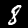
Digit: 8